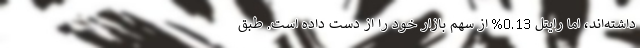
داشته‌اند، اما رایتل 0.13% از سهم بازار خود را از دست داده است. طبق